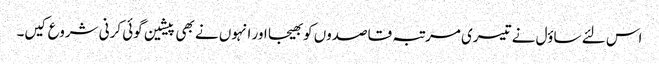
اس لئے ساؤل نے تیسری مرتبہ قاصدوں کو بھیجا اور انہوں نے بھی پیشین گوئی کرنی شروع کیں۔